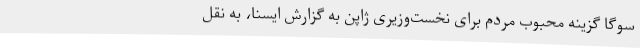
سوگا گزینه محبوب مردم برای نخست‌وزیری ژاپن به گزارش ایسنا، به نقل